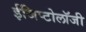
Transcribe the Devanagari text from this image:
ईजिप्टोलॉजी